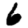
Digit: 6